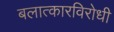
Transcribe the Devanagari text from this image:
बलात्कारविरोधी